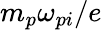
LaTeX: m_{p}\omega_{pi}/e